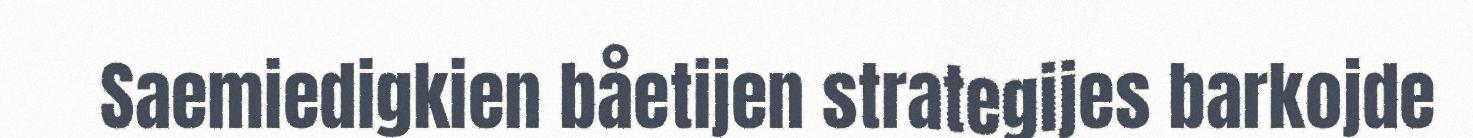
Saemiedigkien båetijen strategijes barkojde